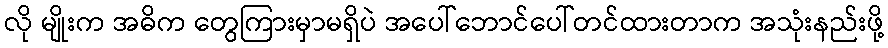
လို မျိုးက အဓိက တွေကြားမှာမရှိပဲ အပေါ်ဘောင်ပေါ်တင်ထားတာက အသုံးနည်းဖို့